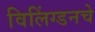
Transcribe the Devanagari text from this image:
विलिंग्डनचे